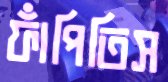
ফাঁপিতিস